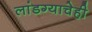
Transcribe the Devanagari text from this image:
लांडग्याचेही